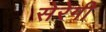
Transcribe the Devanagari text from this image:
सेरेगी